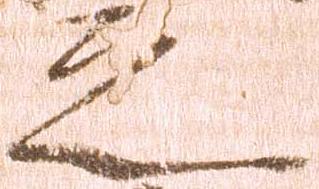
之